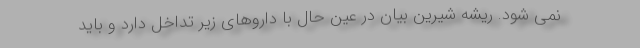
نمی شود. ریشه شیرین بیان در عین حال با داروهای زیر تداخل دارد و باید